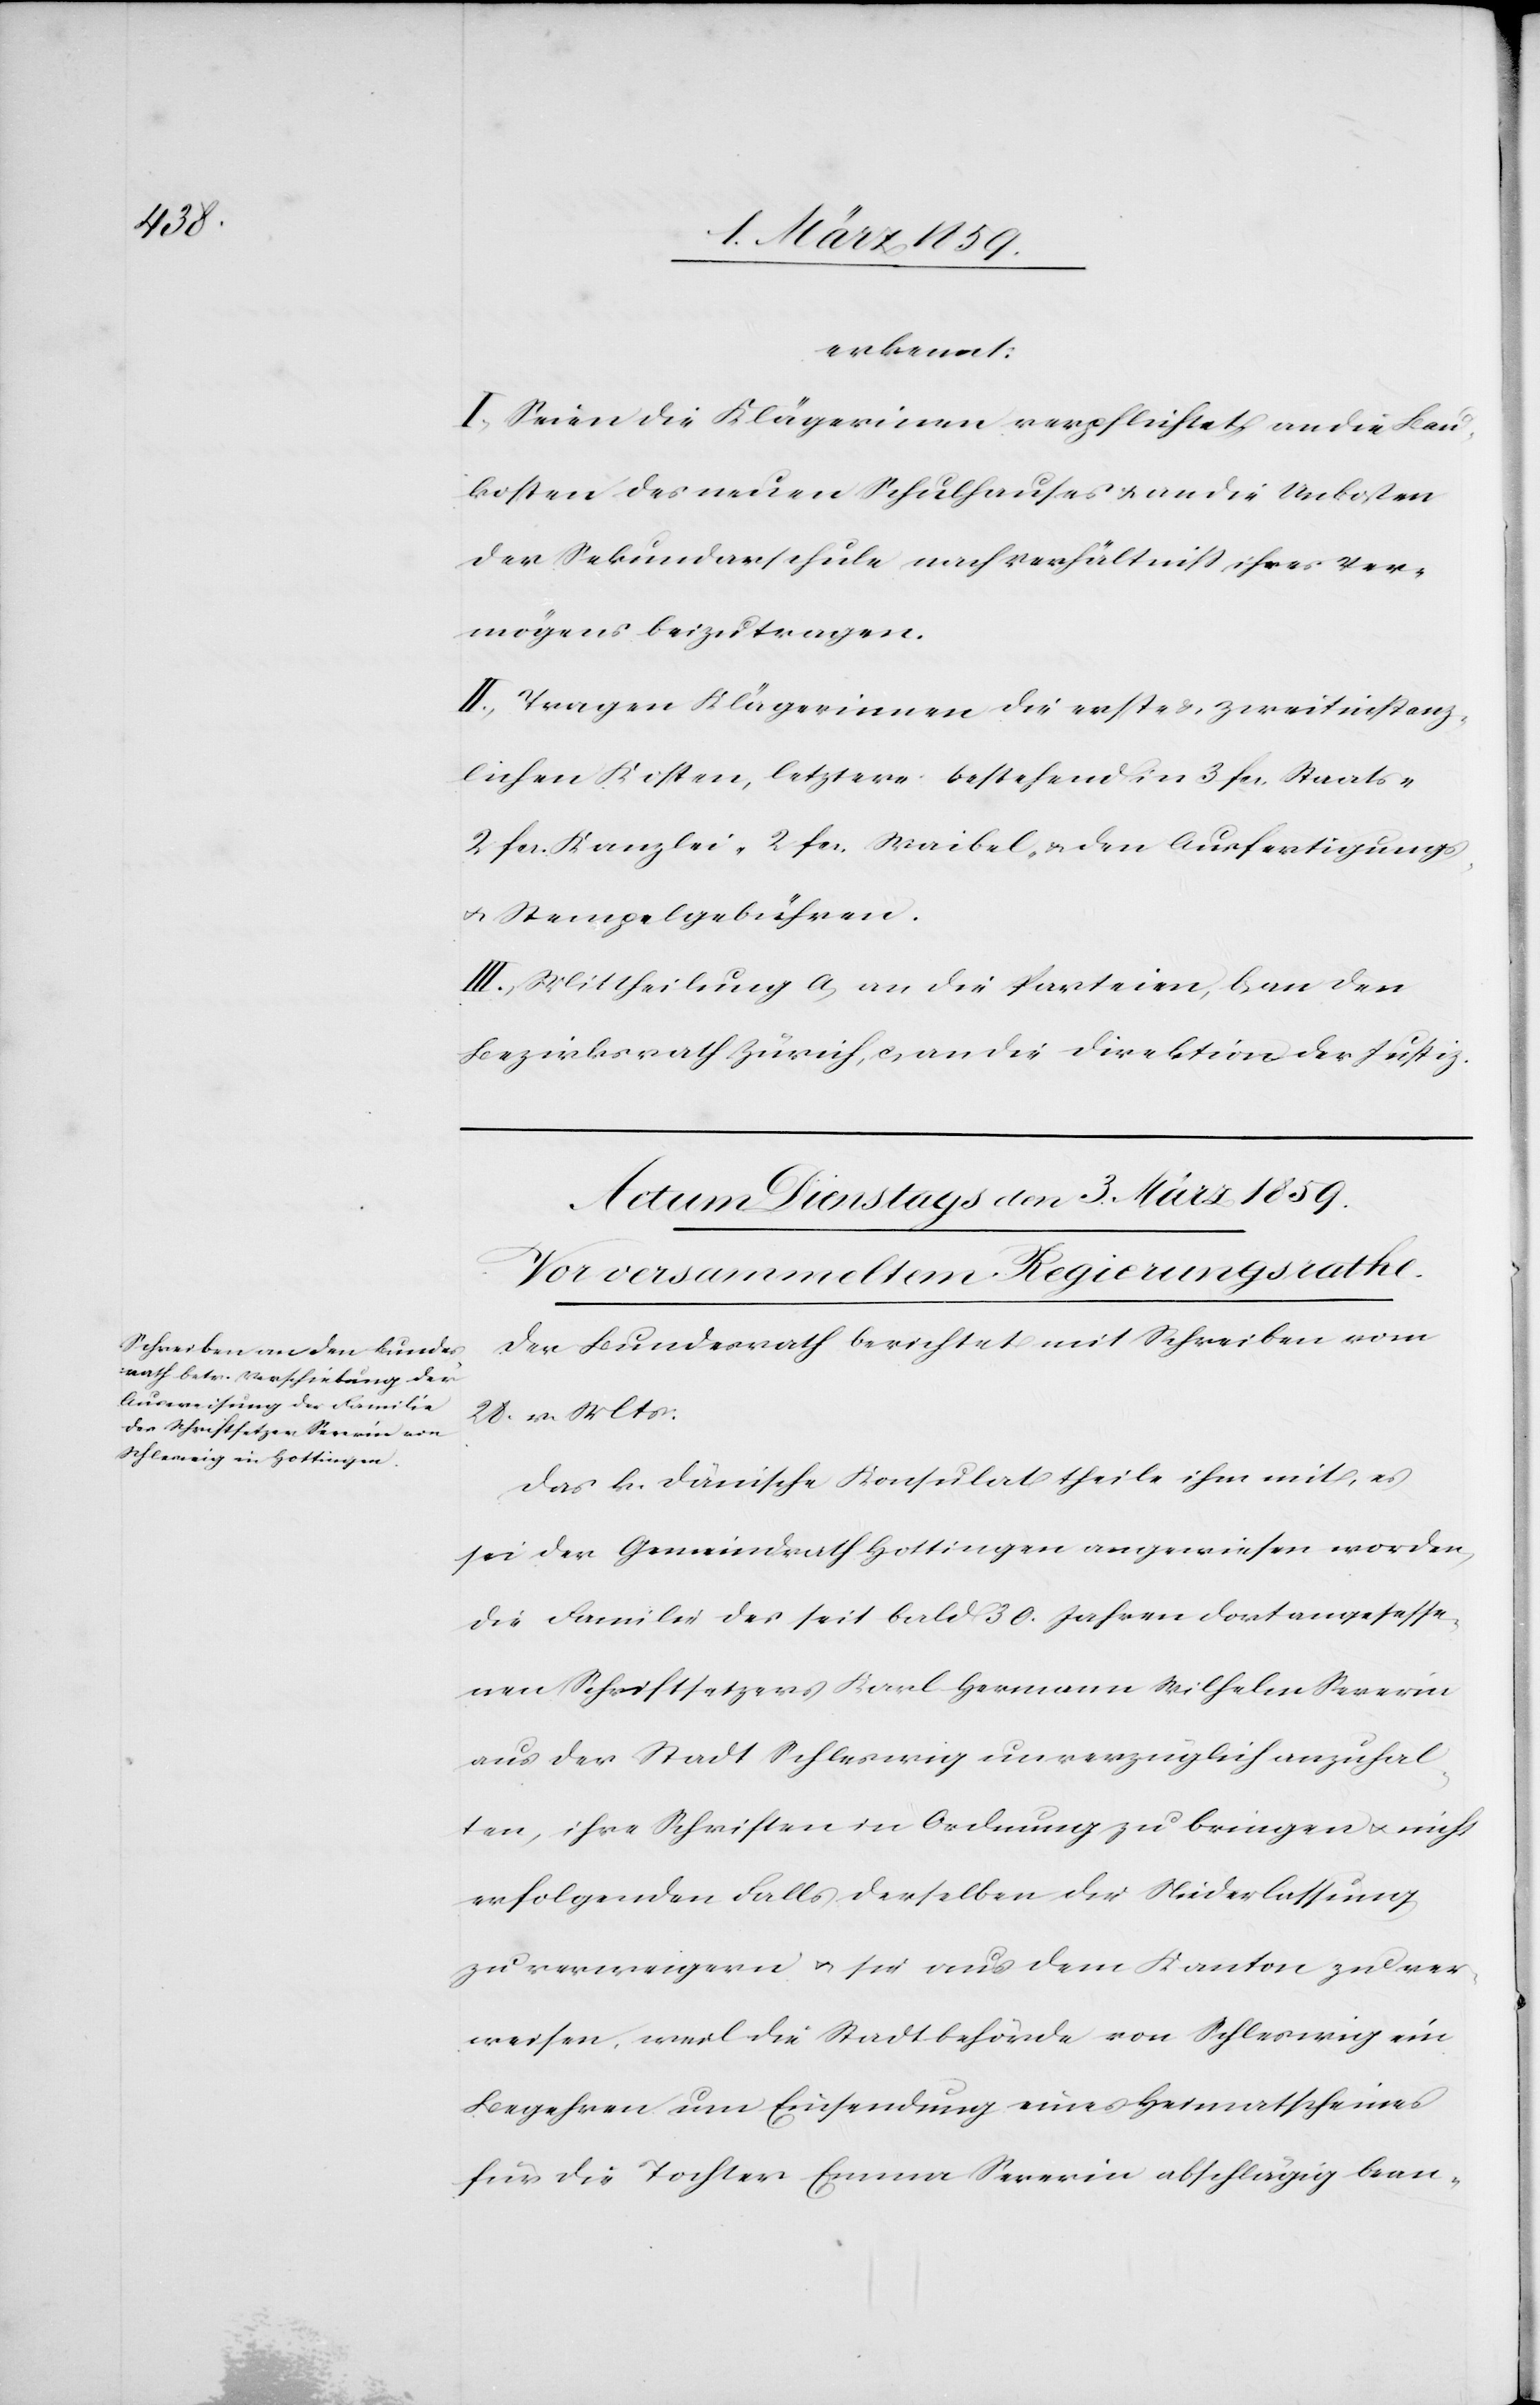
n[t]-

erkannt:
I. Seien die Klägerinnen verpflichtet an die Bau¬
kosten des neuen Schulhauses & an die Unkosten
der Sekundarschule nach Verhältniß ihres Ver¬
mögens beizutragen.
II. Tragen Klägerinnen die erst- & zweitinstanz¬
lichen Kosten, letztere bestehend in 3 fcs. Staats-[,]
2 fcs. Kanzlei-[,] 2 fcs. Waibel- u. den Ausfertigungs-
u. Stempelgebühren.
III. Mittheilung a, an die Parteien, b, an den
Bezirksrath Zürich, c, an die Direktion der Justiz.
Der Bundesrath berichtet mit Schreiben vom
28. v. Mts:
Das k. dänische Konsulat theile ihm mit, es
sei der Gemeindrath Hottingen angewiesen worden,
die Familie des seit bald 30. Jahren dort angesesse¬
nen Schriftsetzers Karl Hermann Wilhelm Severin
aus der Stadt Schleswig unverzüglich anzuhal¬
ten, ihre Schriften in Ordnung zu bringen u. nicht
erfolgenden Falls derselben die Niederlassung
zu verweigern u. sie aus dem Kanton zu ver¬
weisen, weil die Stadtbehörde von Schleswig ein
Begehren um Einsendung eines Heimatscheines
für die Tochter Emma Severin abschlägig bea¬